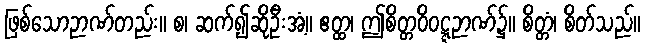
ဖြစ်သောဉာဏ်တည်း။ စ၊ ဆက်၍ဆိုဦးအံ့။ ဧတ္ထ၊ ဤစိတ္တဝိဝဋ္ဋဉာဏ်၌။ စိတ္တံ၊ စိတ်သည်။